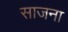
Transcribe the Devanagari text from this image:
साजना